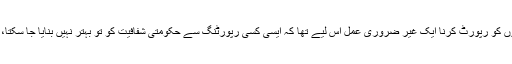
اس ترجمان نے اپنی شناخت ظاہر کیے بغیر نیوز ایجنسی ایسوسی ایٹڈ پریس کو بتایا، ’’سویلین ہلاکتوں کو رپورٹ کرنا ایک غیر ضروری عمل اس لیے تھا کہ ایسی کسی رپورٹنگ سے حکومتی شفافیت کو تو بہتر نہیں بنایا جا سکتا، لیکن اس عمل سے خفیہ ایجنسیاں اپنے اس کام پر توجہ نہیں دے سکتیں، جو ان کا بنیادی فرض ہے۔